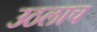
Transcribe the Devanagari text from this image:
उठलाच